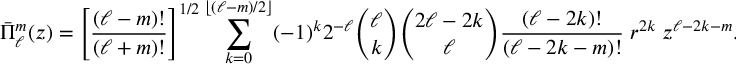
{ \bar { \Pi } } _ { \ell } ^ { m } ( z ) = \left[ { \frac { ( \ell - m ) ! } { ( \ell + m ) ! } } \right] ^ { 1 / 2 } \sum _ { k = 0 } ^ { \left\lfloor ( \ell - m ) / 2 \right\rfloor } ( - 1 ) ^ { k } 2 ^ { - \ell } { \binom { \ell } { k } } { \binom { 2 \ell - 2 k } { \ell } } { \frac { ( \ell - 2 k ) ! } { ( \ell - 2 k - m ) ! } } \; r ^ { 2 k } \; z ^ { \ell - 2 k - m } .